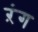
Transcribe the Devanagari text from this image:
ऱंग